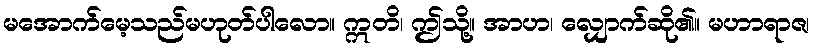
မအောက်မေ့သည်မဟုတ်ပါလော။ ဣတိ၊ ဤသို့။ အာဟ၊ လျှောက်ဆို၏။ မဟာရာဇ၊